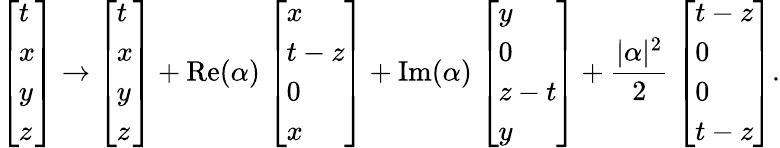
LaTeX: {\left[\begin{array}{l}{t}\\ {x}\\ {y}\\ {z}\end{array}\right]}\rightarrow{\left[\begin{array}{l}{t}\\ {x}\\ {y}\\ {z}\end{array}\right]}+\operatorname{Re}(\alpha)\; {\left[\begin{array}{l}{x}\\ {t-z}\\ {0}\\ {x}\end{array}\right]}+\operatorname{Im}(\alpha)\; {\left[\begin{array}{l}{y}\\ {0}\\ {z-t}\\ {y}\end{array}\right]}+{\frac{\vert\alpha\vert^{2}}{2}}\; {\left[\begin{array}{l}{t-z}\\ {0}\\ {0}\\ {t-z}\end{array}\right]}.